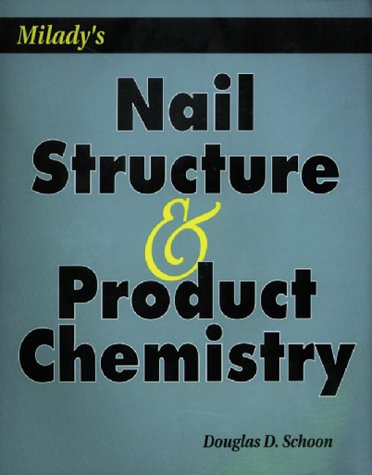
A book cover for Milady's Nail Structure and Product Chemistry; Douglas Schoon; Health, Fitness & Dieting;